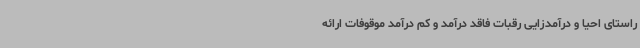
راستای احیا و درآمدزایی رقبات فاقد درآمد و کم درآمد موقوفات ارائه